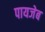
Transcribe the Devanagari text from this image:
पायजेब